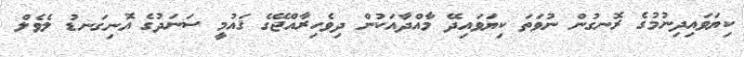
ކިޔަވައިދިނުމުގެ ރޮނގުން ނުވަތަ ކިޔަވައިދޭ މާއްދާއަކުން ދިވެހިރާއްޖޭގެ ޤައުމީ ސަނަދުގެ އޮނިގަނޑު ލެވެލް